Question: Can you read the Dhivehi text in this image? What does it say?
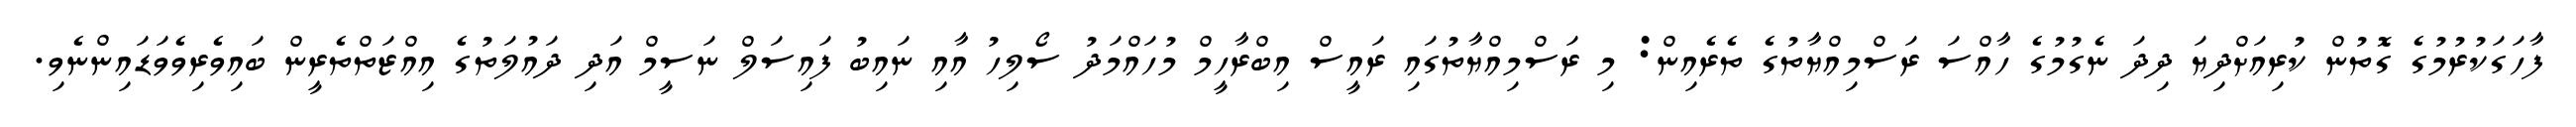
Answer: ފާހަގަކުރުމުގެ ގޮތުން ކުރިއަށްދިޔަ ދިދަ ނެގުމުގެ ހާއްސަ ރަސްމިއްޔާތުގެ ތެރެއިން: މި ރަސްމިއްޔާތުގައި ރައީސް އިބްރާހީމް މުހައްމަދު ސޯލިހު އާއި ނައިބު ފައިސަލް ނަސީމް އަދި ދައުލަތުގެ އިއްޒަތްތެރީން ބައިވެރިވެވަޑައިންނެވި.